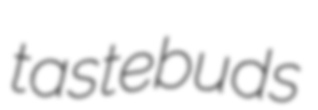
tastebuds